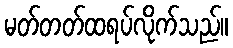
မတ်တတ်ထရပ်လိုက်သည်။